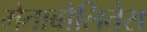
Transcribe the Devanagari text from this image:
मेताबोलितेस